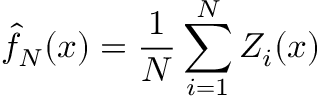
\hat { f } _ { N } ( x ) = \frac { 1 } { N } \sum _ { i = 1 } ^ { N } Z _ { i } ( x )